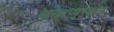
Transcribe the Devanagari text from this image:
कलाप्पुरक्कल